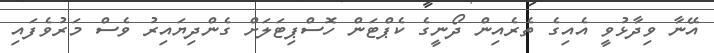
އޭނާ ވިދާޅުވީ އެއިގެ ތެރެއިން ދޯނީގެ ކެޕްޓަން ހޮސްޕިޓަލަށް ގެންދިޔައިރު ވެސް މަރުވެފައި